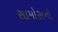
સામોસનો